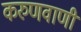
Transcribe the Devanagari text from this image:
करुणवाणी